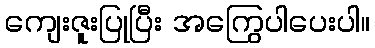
ကျေးဇူးပြုပြီး အကြွေပါပေးပါ။